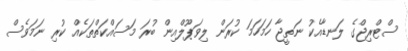
ސްޓްރިޖްގެ ލަނޑާއެކު ނަތީޖާ ހަމަހަމަ ކުރަން ލިވަޕޫލްއިން ބުރަ މަސައްކަތްތަކެއް ކުރި ނަމަވެސް